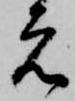
元